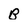
Character: B